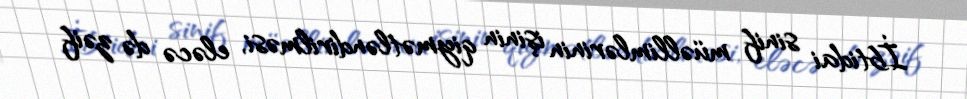
İbtidai sinif müəllimlərinin işinin qiymətləndirilməsi, eləcə də zəif